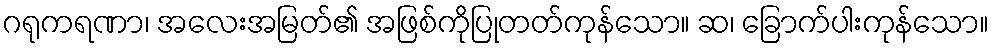
ဂရုကရဏာ၊ အလေးအမြတ်၏ အဖြစ်ကိုပြုတတ်ကုန်သော။ ဆ၊ ခြောက်ပါးကုန်သော။